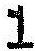
1